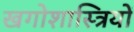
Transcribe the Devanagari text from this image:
खगोशास्त्रियों